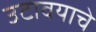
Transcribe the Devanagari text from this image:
उटावयाचे